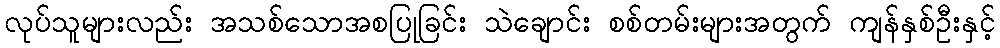
လုပ်သူများလည်း အသစ်သောအစပြုခြင်း သဲချောင်း စစ်တမ်းများအတွက် ကျန်နှစ်ဦးနှင့်